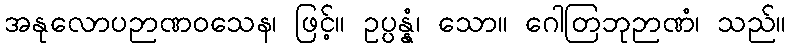
အနုလောပဉာဏဝသေန၊ ဖြင့်။ ဥပ္ပန္နံ၊ သော။ ဂေါတြဘုဉာဏံ၊ သည်။